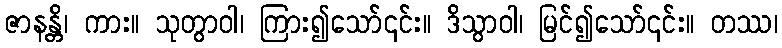
ဇာနန္တိ၊ ကား။ သုတွာဝါ၊ ကြား၍သော်၎င်း။ ဒိသွာဝါ၊ မြင်၍သော်၎င်း။ တဿ၊